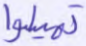
تميلوا